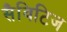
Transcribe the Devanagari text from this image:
सैविटिज